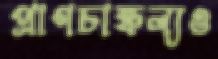
প্রাণচাঞ্চল্যও